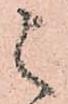
被